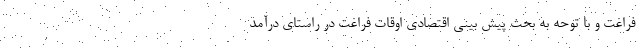
فراغت و با توحه به بحث پیش بینی اقتصادی اوقات فراغت در راستای درآمد